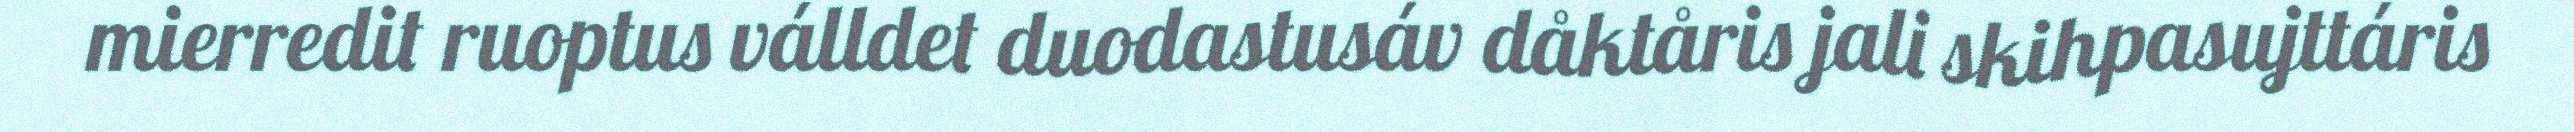
mierredit ruoptus válldet duodastusáv dåktåris jali skihpasujttáris